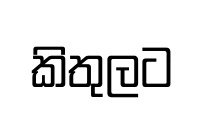
කිතුලට